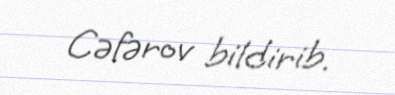
Cəfərov bildirib.